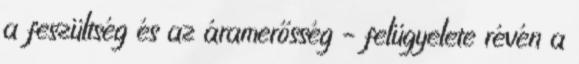
a feszültség és az áramerősség – felügyelete révén a